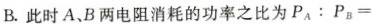
B.此时A、B两电阻消耗的功率之比为 $$P_{A} : P_{B}=